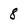
Character: 8